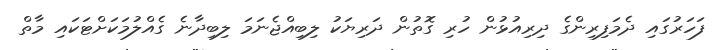
ފަހަރުގައި ދެމަފިރިންގެ ދިރިއުޅުން ހުރި ގޮތުން ދަރިޔަކު ލިބިއްޖެނަމަ ލިބިދާނެ ގެއްލުމަކަށްޓަކައި މާތް